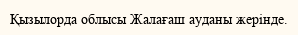
Қызылорда облысы Жалағаш ауданы жерінде.